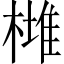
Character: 𣙯